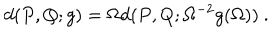
LaTeX: d ( P , Q ; g ) = \Omega d ( P , Q ; \Omega ^ { - 2 } g ( \Omega ) ) ~ .